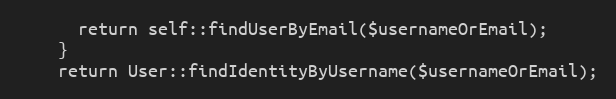
Language: PHP
      return self::findUserByEmail($usernameOrEmail);
    }
    return User::findIdentityByUsername($usernameOrEmail);